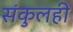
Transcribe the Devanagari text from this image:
संकुलही